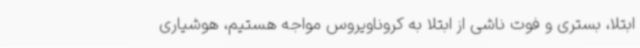
ابتلا، بستری و فوت ناشی از ابتلا به کروناویروس مواجه هستیم، هوشیاری